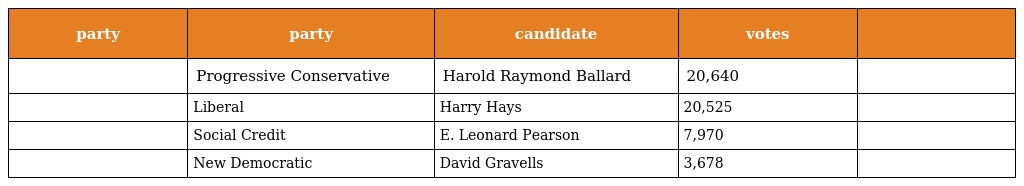
| party | party | candidate | votes |  |
 | --- | --- | --- | --- | --- |
 |  | Progressive Conservative | Harold Raymond Ballard | 20,640 |  |
 |  | Liberal | Harry Hays | 20,525 |  |
 |  | Social Credit | E. Leonard Pearson | 7,970 |  |
 |  | New Democratic | David Gravells | 3,678 |  |